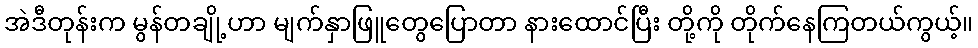
အဲဒီတုန်းက မွန်တချို့ဟာ မျက်နှာဖြူတွေပြောတာ နားထောင်ပြီး တို့ကို တိုက်နေကြတယ်ကွယ့်။